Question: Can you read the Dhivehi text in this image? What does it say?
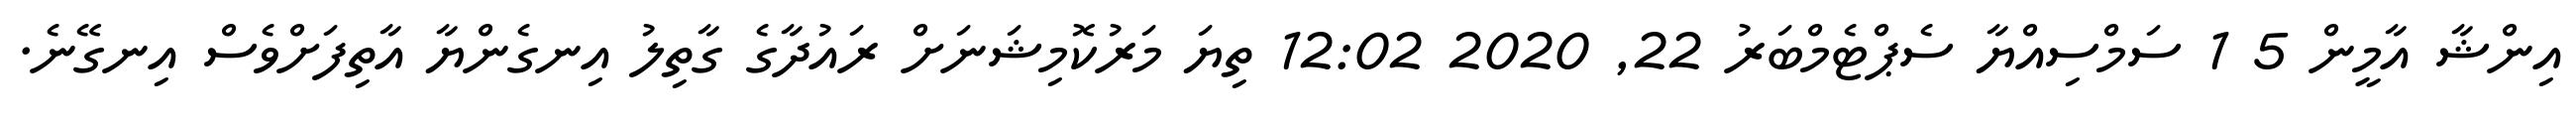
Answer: އިންޝާ އާމީން 5 1 ސަމްސިއްޔާ ސެޕްޓެމްބަރު 22, 2020 12:02 ތިޔަ މަރުކޮމިޝަނަށް ރައުދާގެ ގާތިލު އިނގެންޔާ އާތިފަށްވެސް އިނގޭނެ.